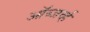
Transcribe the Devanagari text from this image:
ऑब्जर्व्ह